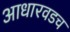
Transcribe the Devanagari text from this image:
आधारवडच